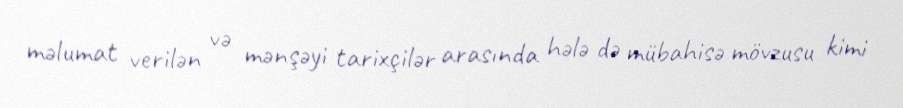
məlumat verilən və mənşəyi tarixçilər arasında hələ də mübahisə mövzusu kimi